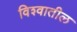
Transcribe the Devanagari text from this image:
विश्‍वातील